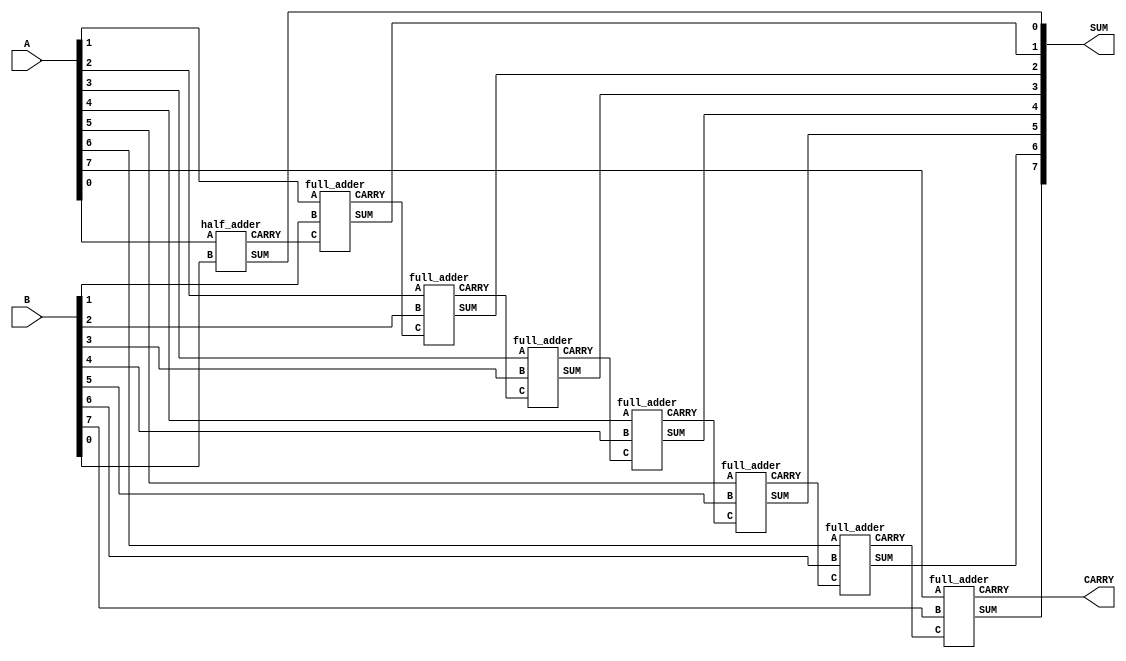
`timescale 1ns / 1ps

module _8_bit_adder(
	input [7:0] A,
	input [7:0] B,
	output [7:0] SUM,
	output CARRY
	);
	
	wire w_C0,w_C1,w_C2,w_C3,w_C4,w_C5,w_C6;
	reg r_sum0,r_sum1,r_sum2,r_sum3,r_sum4,r_sum5,r_sum6,r_sum7;
	
	half_adder h0(
		.A(A[0]),
		.B(B[0]),
		.SUM(SUM[0]),
		.CARRY(w_C0)
		);
		
	full_adder f0(
		.A(A[1]),
		.B(B[1]),
		.C(w_C0),
		.SUM(SUM[1]),
		.CARRY(w_C1)
		);
	
	full_adder f1(
		.A(A[2]),
		.B(B[2]),
		.C(w_C1),
		.SUM(SUM[2]),
		.CARRY(w_C2)
		);
	
	full_adder f2(
		.A(A[3]),
		.B(B[3]),
		.C(w_C2),
		.SUM(SUM[3]),
		.CARRY(w_C3)
		);
	
	full_adder f3(
		.A(A[4]),
		.B(B[4]),
		.C(w_C3),
		.SUM(SUM[4]),
		.CARRY(w_C4)
		);
	
	full_adder f4(
		.A(A[5]),
		.B(B[5]),
		.C(w_C4),
		.SUM(SUM[5]),
		.CARRY(w_C5)
		);
		
	full_adder f5(
		.A(A[6]),
		.B(B[6]),
		.C(w_C5),
		.SUM(SUM[6]),
		.CARRY(w_C6)
		);
		
	full_adder f6(
		.A(A[7]),
		.B(B[7]),
		.C(w_C6),
		.SUM(SUM[7]),
		.CARRY(CARRY)
		);
	
endmodule

	
module full_adder(
	input A,B,C,
	output SUM,CARRY
	);
	
	wire w_half_adders;
	wire w_OR_A;
	wire w_OR_B;
	
	half_adder h0(
		.A(A),
		.B(B),
		.SUM(w_half_adders),
		.CARRY(w_OR_A)
		);
		
	half_adder h1(
		.A(w_half_adders),
		.B(C),
		.SUM(SUM),
		.CARRY(w_OR_B)
		);
		
	or(CARRY,w_OR_A,w_OR_B);
	
endmodule

module half_adder(
	input A, B,
	output SUM, CARRY
	);
	
	XOR x0(
		.A(A),
		.B(B),
		.Y(SUM)
		);
	
	and(CARRY,A,B);
	
endmodule 



module XOR(
  input A, B,
  output Y
);
  wire not_A;
  wire not_B;
  wire not_A_and_B;
  wire not_B_and_A; 
  
  NOT n1(
    .A(A),
    .Y(not_A)
  );  
  NOT n2(
    .A(B),
    .Y(not_B)
  );  
  AND a1(
    .A(not_A),
    .B(B),
    .Y(not_A_and_B)
  );
  AND a2(
    .A(A),
    .B(not_B),
    .Y(not_B_and_A)
  );  
  OR o1(
    .A(not_A_and_B),
    .B(not_B_and_A),
    .Y(Y)
  ); 
endmodule

module AND(
  input A, B,
  output Y
);
  and(Y,A,B);
endmodule


module NOT(
  input A,
  output Y
);
  not(Y,A);
endmodule


module OR(
  input A, B,
  output Y
);
  or(Y,A,B);
endmodule